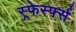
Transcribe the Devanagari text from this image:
स्र्फेर्स्फ्स